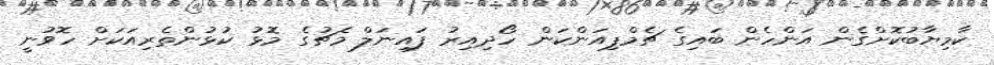
ކާމިޔާބުކޮށްގެން އަންހެން ބައިގެ ޗެމްޕިއަންކަން ހޯދިއިރު ފައިނަލް މެޗުގެ މޮޅު ކުޅުންތެރިއަކަށް ހޮވުނީ